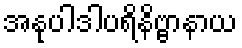
အနုပါဒါပရိနိဗ္ဗာနာယ